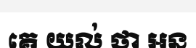
គេ យល់ ថា អន